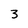
Character: 3